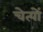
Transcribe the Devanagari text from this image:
चेत्यों